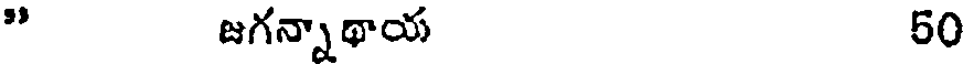
" జగన్నాథాయ 50